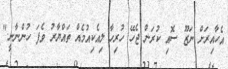
އެހާއިރަށް ނަޒޫ ސޮއި ކުރަން ޖެހޭ ހުރިހާ ލިއެކިއުމެއް ތައްޔާރު ވެފަ ހުންނާނީ."